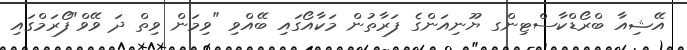
އޭޝިއާ ބްރޯޑްކާސްޓިންގ ޔޫނިއަންގެ ފަރާތުން މަކާއޯގައި ބޭއްވި "ވިމަން ވިތް ދަ ވޭވް"ފޯރަމްގައި